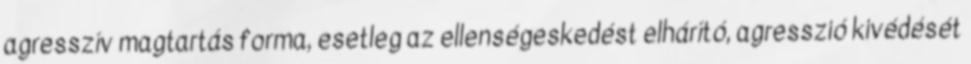
agresszív magtartás forma, esetleg az ellenségeskedést elhárító, agresszió kivédését